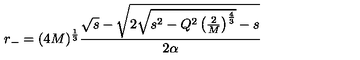
r _ { - } = ( 4 M ) ^ { \frac 1 3 } \frac { \sqrt { s } - \sqrt { 2 \sqrt { s ^ { 2 } - Q ^ { 2 } \left( \frac { 2 } { M } \right) ^ { \frac 4 3 } } - s } } { 2 \alpha }